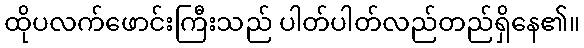
ထိုပလက်ဖောင်းကြီးသည် ပါတ်ပါတ်လည်တည်ရှိနေ၏။